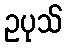
ဥပုသ်